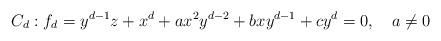
LaTeX: \begin{align*} C_d: f_d=y^{d-1}z+x^d+ax^2y^{d-2}+bxy^{d-1}+cy^{d}=0, \ \ \ a \ne 0\end{align*}